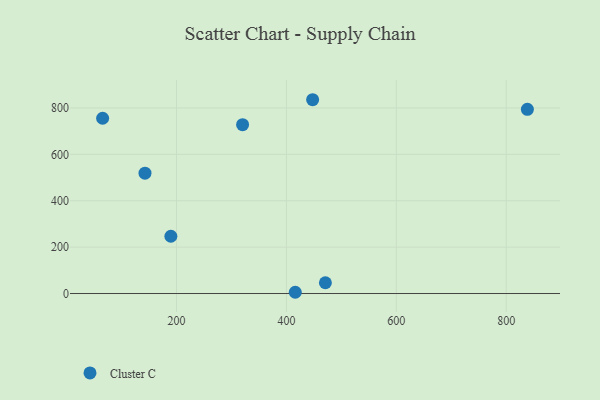
{"axis": {"x": "Study Hours", "y": "Profit"}, "legend": ["Cluster C"], "data": [{"x": "320.2", "y": 727.9, "type": "Cluster C"}, {"x": "189.7", "y": 247.0, "type": "Cluster C"}, {"x": "470.9", "y": 46.5, "type": "Cluster C"}, {"x": "838.5", "y": 794.3, "type": "Cluster C"}, {"x": "65.5", "y": 755.6, "type": "Cluster C"}, {"x": "142.6", "y": 518.7, "type": "Cluster C"}, {"x": "447.7", "y": 835.5, "type": "Cluster C"}, {"x": "416.1", "y": 5.4, "type": "Cluster C"}]}